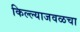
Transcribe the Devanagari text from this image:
किल्ल्याजवळचा